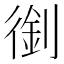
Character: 𠞾